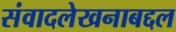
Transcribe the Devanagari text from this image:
संवादलेखनाबद्दल